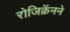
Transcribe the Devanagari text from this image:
रोजिक्रॅनने